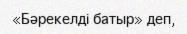
«Бәрекелді батыр» деп,